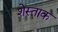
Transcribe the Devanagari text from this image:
शेस्ताक